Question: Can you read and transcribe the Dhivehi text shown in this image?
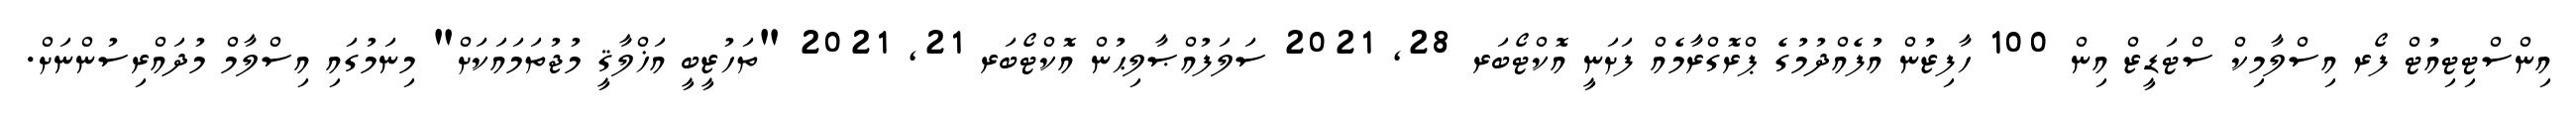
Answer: އިންސްޓިޓިއުޓް ފޯރ އިސްލާމިކް ސްޓަޑީޒް އިން 100 ހާފިޒުން އުފެއްދުމުގެ ޕްރޮގްރާމެއް ފަށަނީ އޮކްޓޯބަރ 28, 2021 ސަލަފުއްޞާލިޙުން އޮކްޓޯބަރ 21, 2021 "ތަހުޒީބީ އަޚްލާޤީ މުޖުތަމައަކަށް" މިނަމުގައި އިސްލާމް މުދައްރިސުންނަށް.